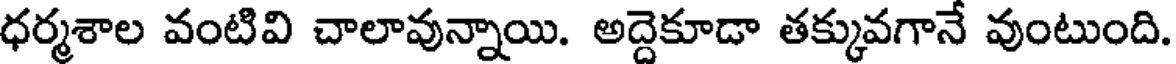
ధర్మశాల వంటివి చాలావున్నాయి. అద్దెకూడా తక్కువగానే వుంటుంది.